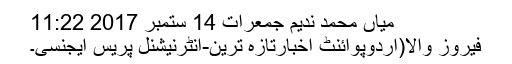
میاں محمد ندیم جمعرات 14 ستمبر 2017 11:22
فیروز والا(اردوپوائنٹ اخبارتازہ ترین-انٹرنیشنل پریس ایجنسی۔